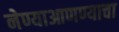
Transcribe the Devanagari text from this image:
नेण्याआणण्याचा